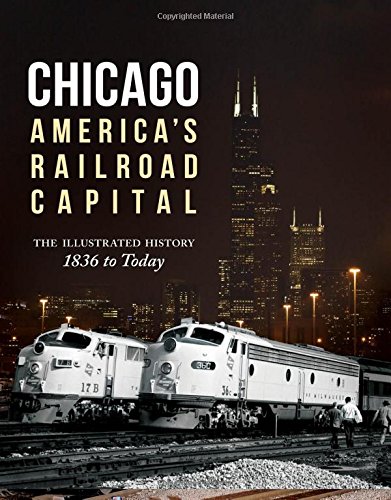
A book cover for Chicago: America's Railroad Capital: The Illustrated History, 1836 to Today; Brian Solomon; Engineering & Transportation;